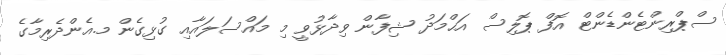
ސްޕްރިންޓެންޑެންޓް އޮފް ޕޮލިސް އަޙްމަދު ޝިފާން ވިދާޅުވީ މި މައްސަލައާއި ގުޅިގެން މ.އެންދެރިމާގެ